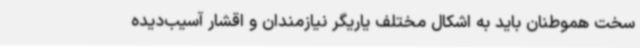
سخت هموطنان باید به اشکال مختلف یاریگر نیازمندان و اقشار آسیب‌دیده